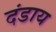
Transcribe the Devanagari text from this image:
दंडाय